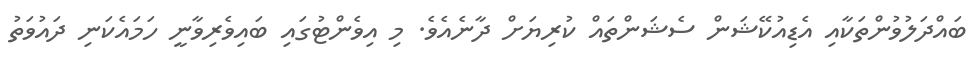
ބައްދަލުވުންތަކާއި އެޑިއުކޭޝަން ސެޝަންތައް ކުރިޔަށް ދާނެއެވެ. މި އިވެންޓުގައި ބައިވެރިވާނީ ހަމައެކަނި ދައުވަތު